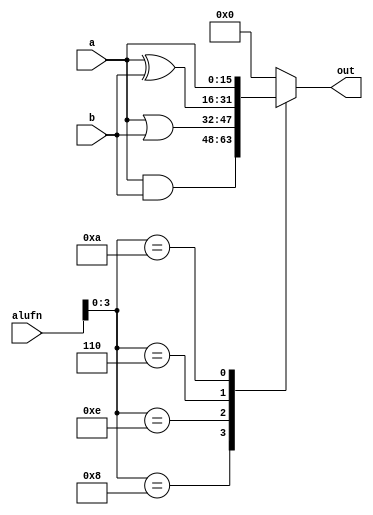
module bool16_6 (
    input [15:0] a,
    input [15:0] b,
    input [5:0] alufn,
    output reg [15:0] out
  );
  
  
  
  always @* begin
    
    case (alufn[0+3-:4])
      4'h8: begin
        out = a & b;
      end
      4'he: begin
        out = a | b;
      end
      4'h6: begin
        out = a ^ b;
      end
      4'ha: begin
        out = a;
      end
      default: begin
        out = 1'h0;
      end
    endcase
  end
endmodule